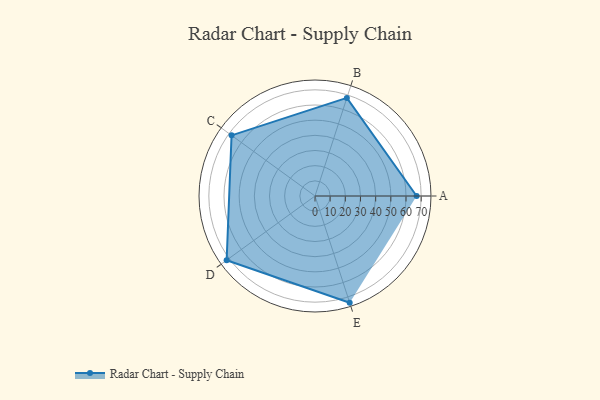
{"axis": {"x": "Skill", "y": "Score"}, "legend": ["Profile"], "data": [{"x": "A", "y": 67.0, "type": "Profile"}, {"x": "B", "y": 68.0, "type": "Profile"}, {"x": "C", "y": 68.0, "type": "Profile"}, {"x": "D", "y": 72.0, "type": "Profile"}, {"x": "E", "y": 74.0, "type": "Profile"}]}